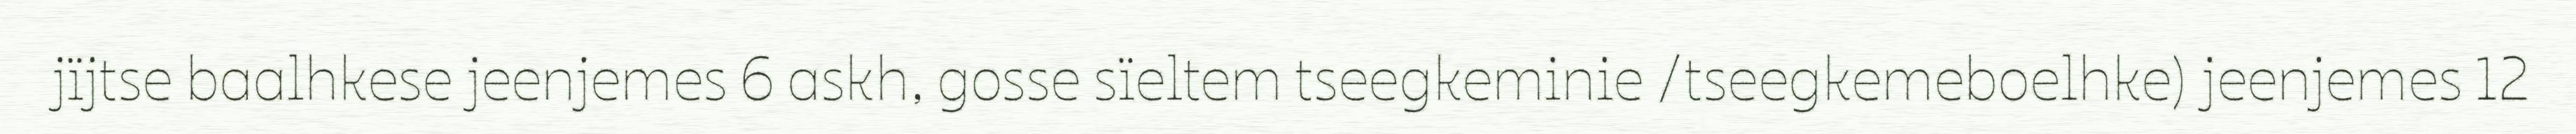
jïjtse baalhkese jeenjemes 6 askh, gosse sïeltem tseegkeminie /tseegkemeboelhke) jeenjemes 12